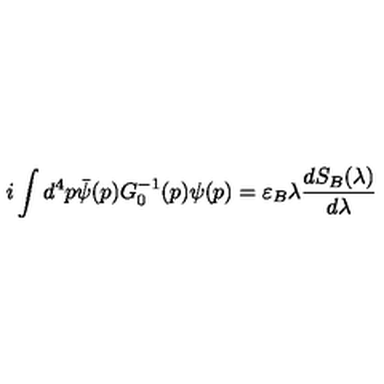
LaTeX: i \int d ^ { 4 } p \bar { \psi } ( p ) G _ { 0 } ^ { - 1 } ( p ) \psi ( p ) = \varepsilon _ { B } \lambda \frac { d S _ { B } ( \lambda ) } { d \lambda }